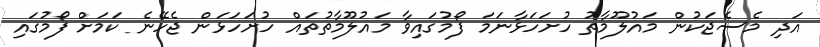
އަދި މެސެޖަކުން މައުލޫމާތު ހުށަހަޅާނަމަ ފޯމުގައިވާ މައުލޫމާތުތައް ހުށަހަޅަން ޖެހޭނެ ކަމަށް ފޯމުގައި